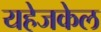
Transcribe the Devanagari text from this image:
यहेजकेल